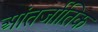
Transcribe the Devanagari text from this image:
आंतर्जातिक